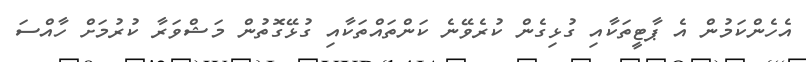
އެހެންކަމުން އެ ޕާޓީތަކާއި ގުޅިގެން ކުރެވޭނެ ކަންތައްތަކާއި ގުޅޭގޮތުން މަޝްވަރާ ކުރުމަށް ހާއްސަ